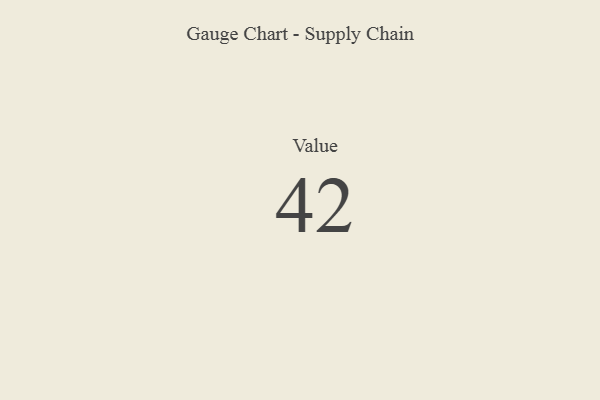
{"axis": {"x": "Metric", "y": "Value"}, "legend": [""], "data": [{"x": "Value", "y": 42, "type": ""}]}